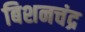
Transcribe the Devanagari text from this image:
बिशनचंद्र